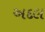
અદલ